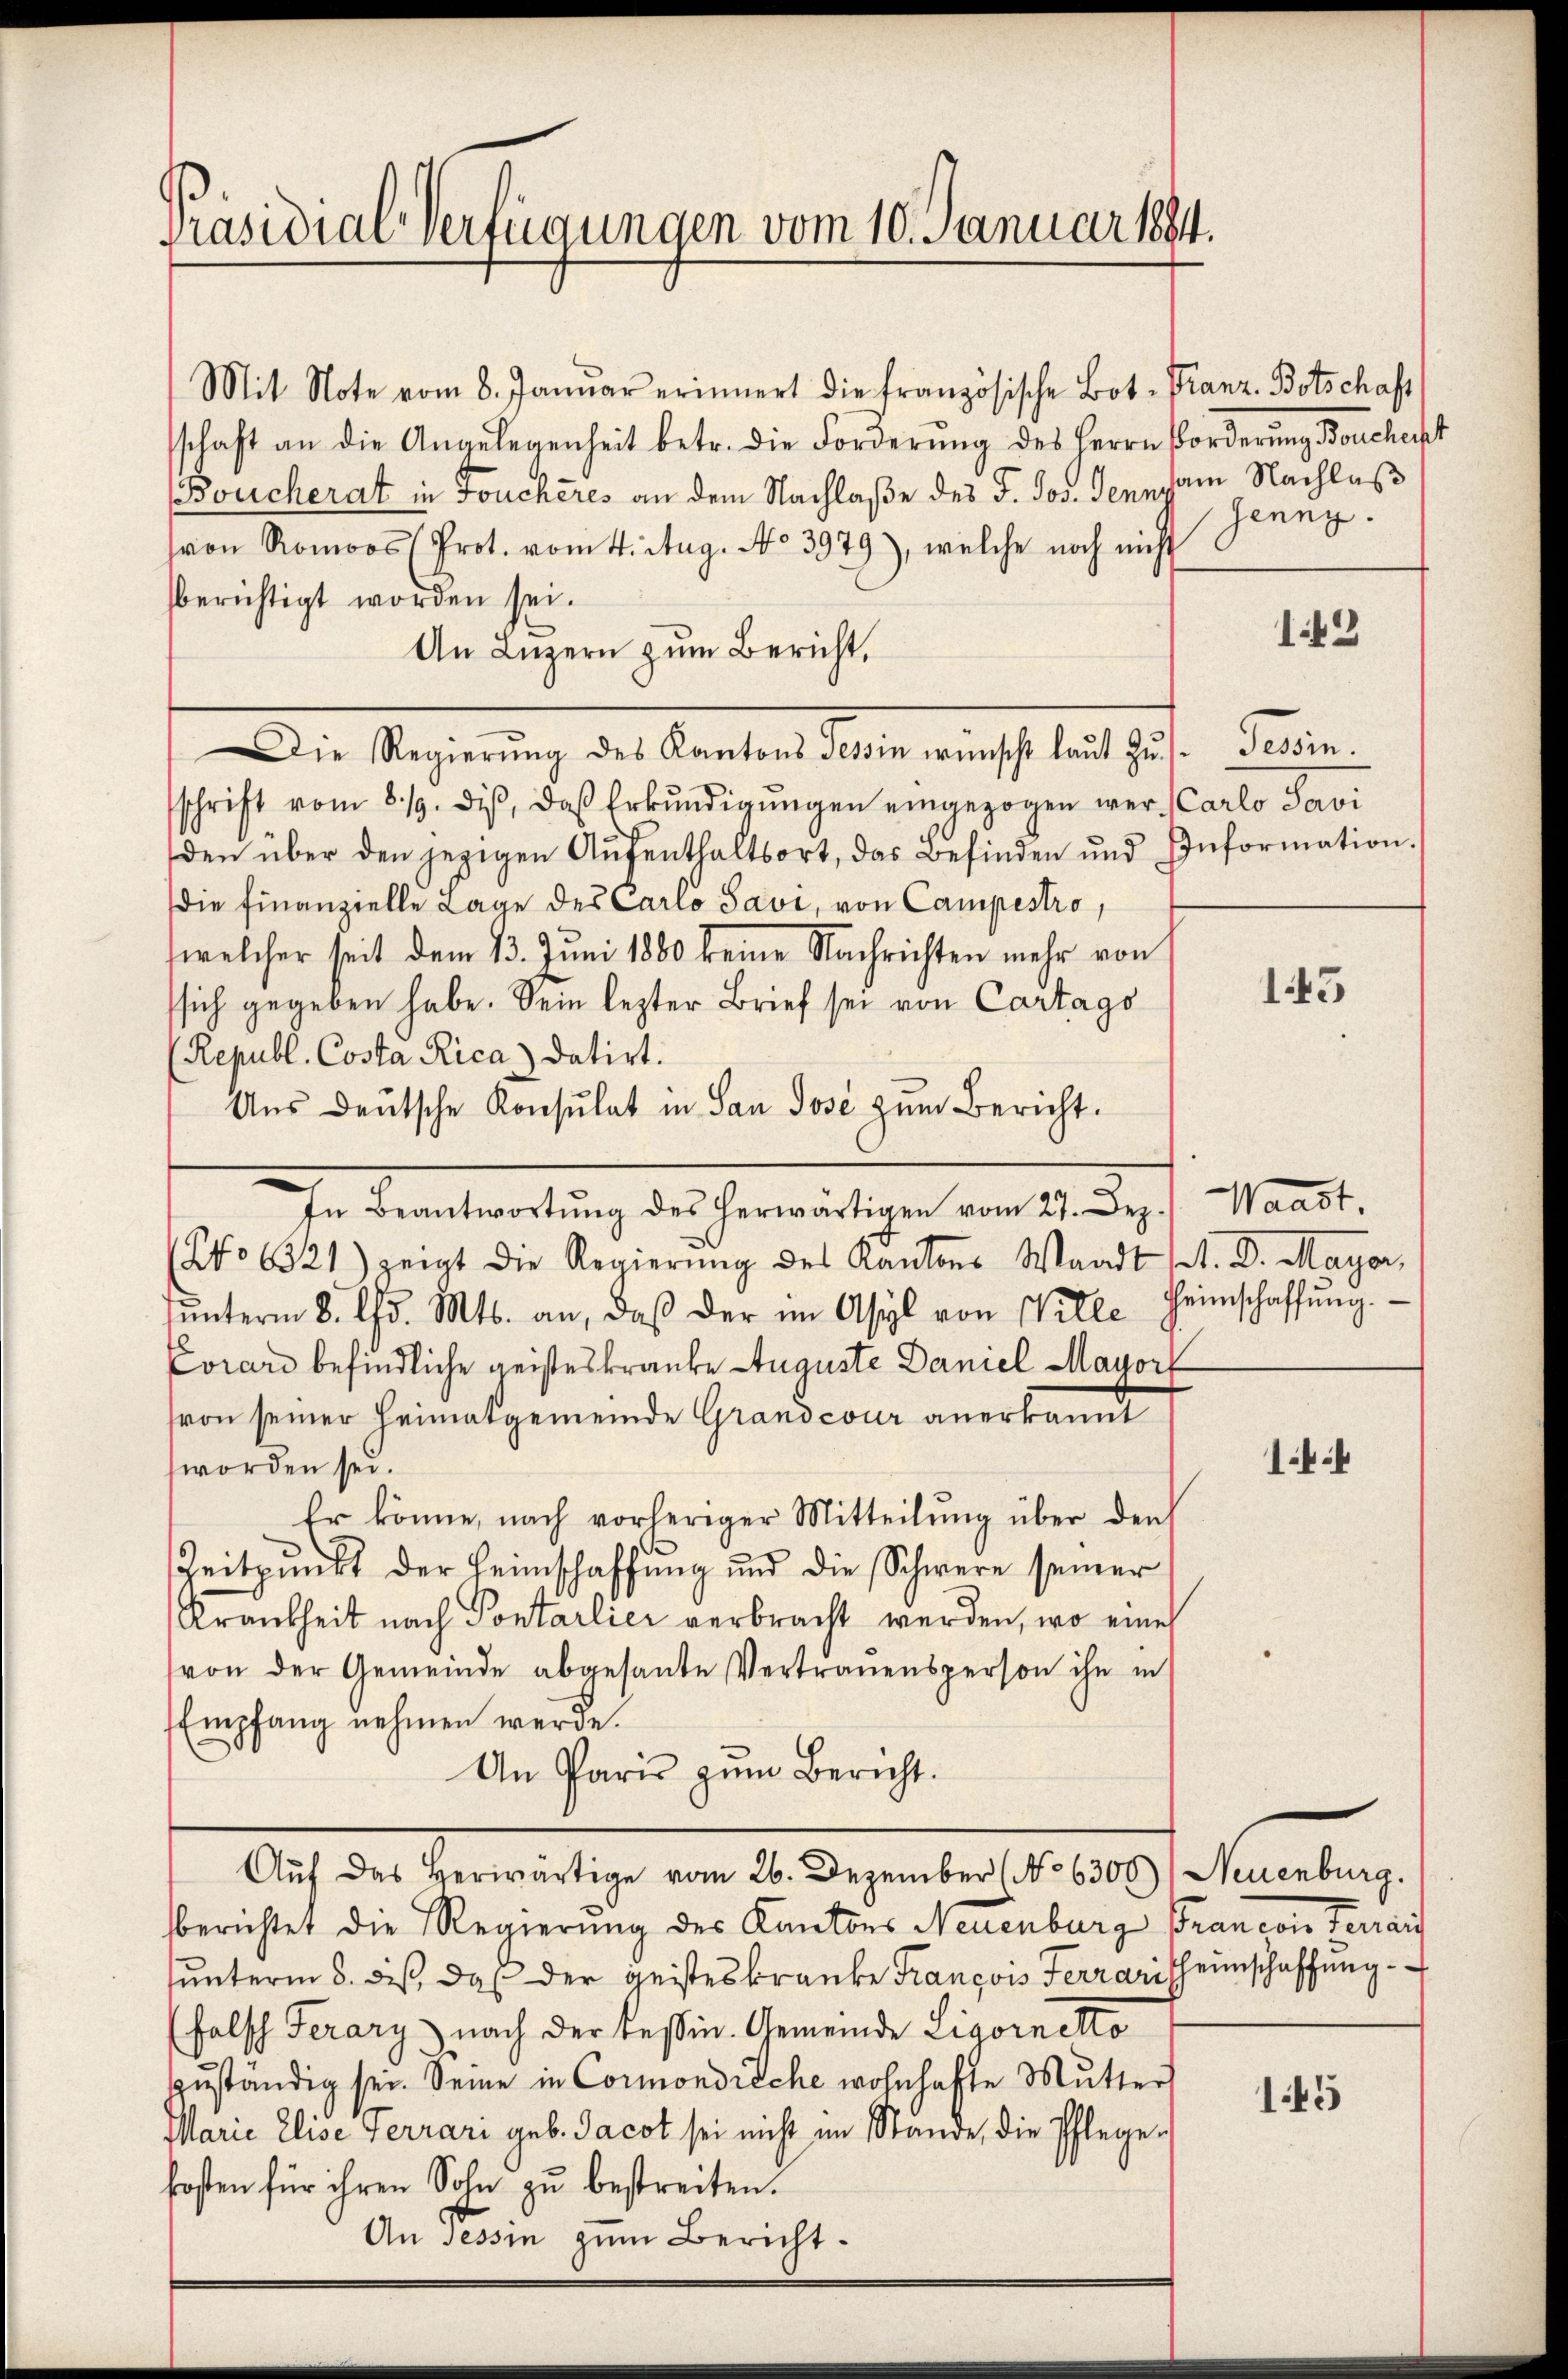
Präsidial-Verfügungen vom 10. Januar 1884.

Mit Note vom 8. Janŭar erinnert die französische Bot. Kanz. Botschaft
schaft an die Angelegenheit betr. die Forderŭng des Herrn Forderŭng Bonchecht
Boucherat in Foucheres an dem Nachlaße des J. Jos. Jenn am Nachlaß
von Romoos (Prot. vom 4. Aug. No 3979), welche noch nicht
berichtigt worden sei.
An Luzern zum Bericht,
Die Regierung des Canton dieser auch des
schrift vom 8./9. diβ, daß Erkŭndigŭngen eingezogen wer Carlo Savi
den über den jezigen Aŭfenthaltsort, das Befinden und Information.
Die Finanzielle Lage des Carlo Savi, von Campestro,
welcher seit dem 13. Juni 1880 keine Nachrichten mehr von
sich gegeben habe. Sein lezter Brief sei von Cartags
(Republ. Costa Rica datirt.
Aus deutsche Konsulat in San Jose zum Bericht.
In Beantwortŭng des herwärtigen vom 27. Dez.
(No 6321) zeigt die Regierŭng des Kantons Waadt M. D. Mayer,
ŭnterm 8. d. Mts. an, daβ der im Asyl von Wille Heimschaffŭng.
Corard befindliche geisteskranke Auguste Daniel Mayorf
(von seiner Heimatgemeinde Grandcour anerkannt
worden sei.
Er könne, nach vorheriger Mitteilŭng über den
Zeitpunkt der Heimschaffŭng und die Schwere seiner
Krankheit nach Pontarlier verbracht werden, wo eine
von der Gemeinde abgesante Vertrauensperson ihn in
Empfang nehmen werde.
An Paris zum Bericht.
Aŭf das herwärtige vom 26. Dezember (No 6300) Neuenburg.
sberichtet die Regierung des Kantons Neuenburg Francon Terrai
unterm 5. dieß, das der geisteskranke François Ferrarischeinschaffung
falsch Ferary nach der Tessin. Gemeinde Ligornetto
zuständig sei. Seine in Cormondreche wohnhafte Mutter
Marie Elise Terrari geb. Jacob sei nicht im Stande, die Pflegefosten für ihren Sohn zu bestreiten.
An Tessin zum Bericht.

Jenny.

143

Ferien.

143

Waast

1

145